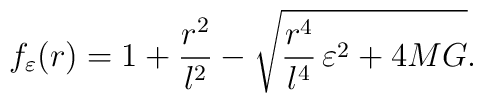
f_{\varepsilon}(r) = 1 + {r^2 \over l^2} - \sqrt{ { r^4 \over l^4} \,\varepsilon^2 + 4 M G }.